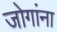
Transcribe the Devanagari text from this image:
जोगांना